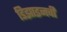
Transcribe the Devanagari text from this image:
डिझाइनची